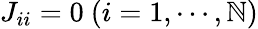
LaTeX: J_{ii}=0~(i=1,\cdots,\mathbb{N})